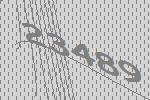
23489